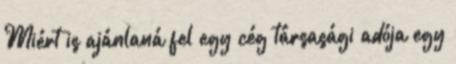
Miért is ajánlaná fel egy cég társasági adója egy